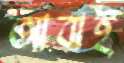
আবাই